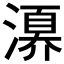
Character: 𣽀